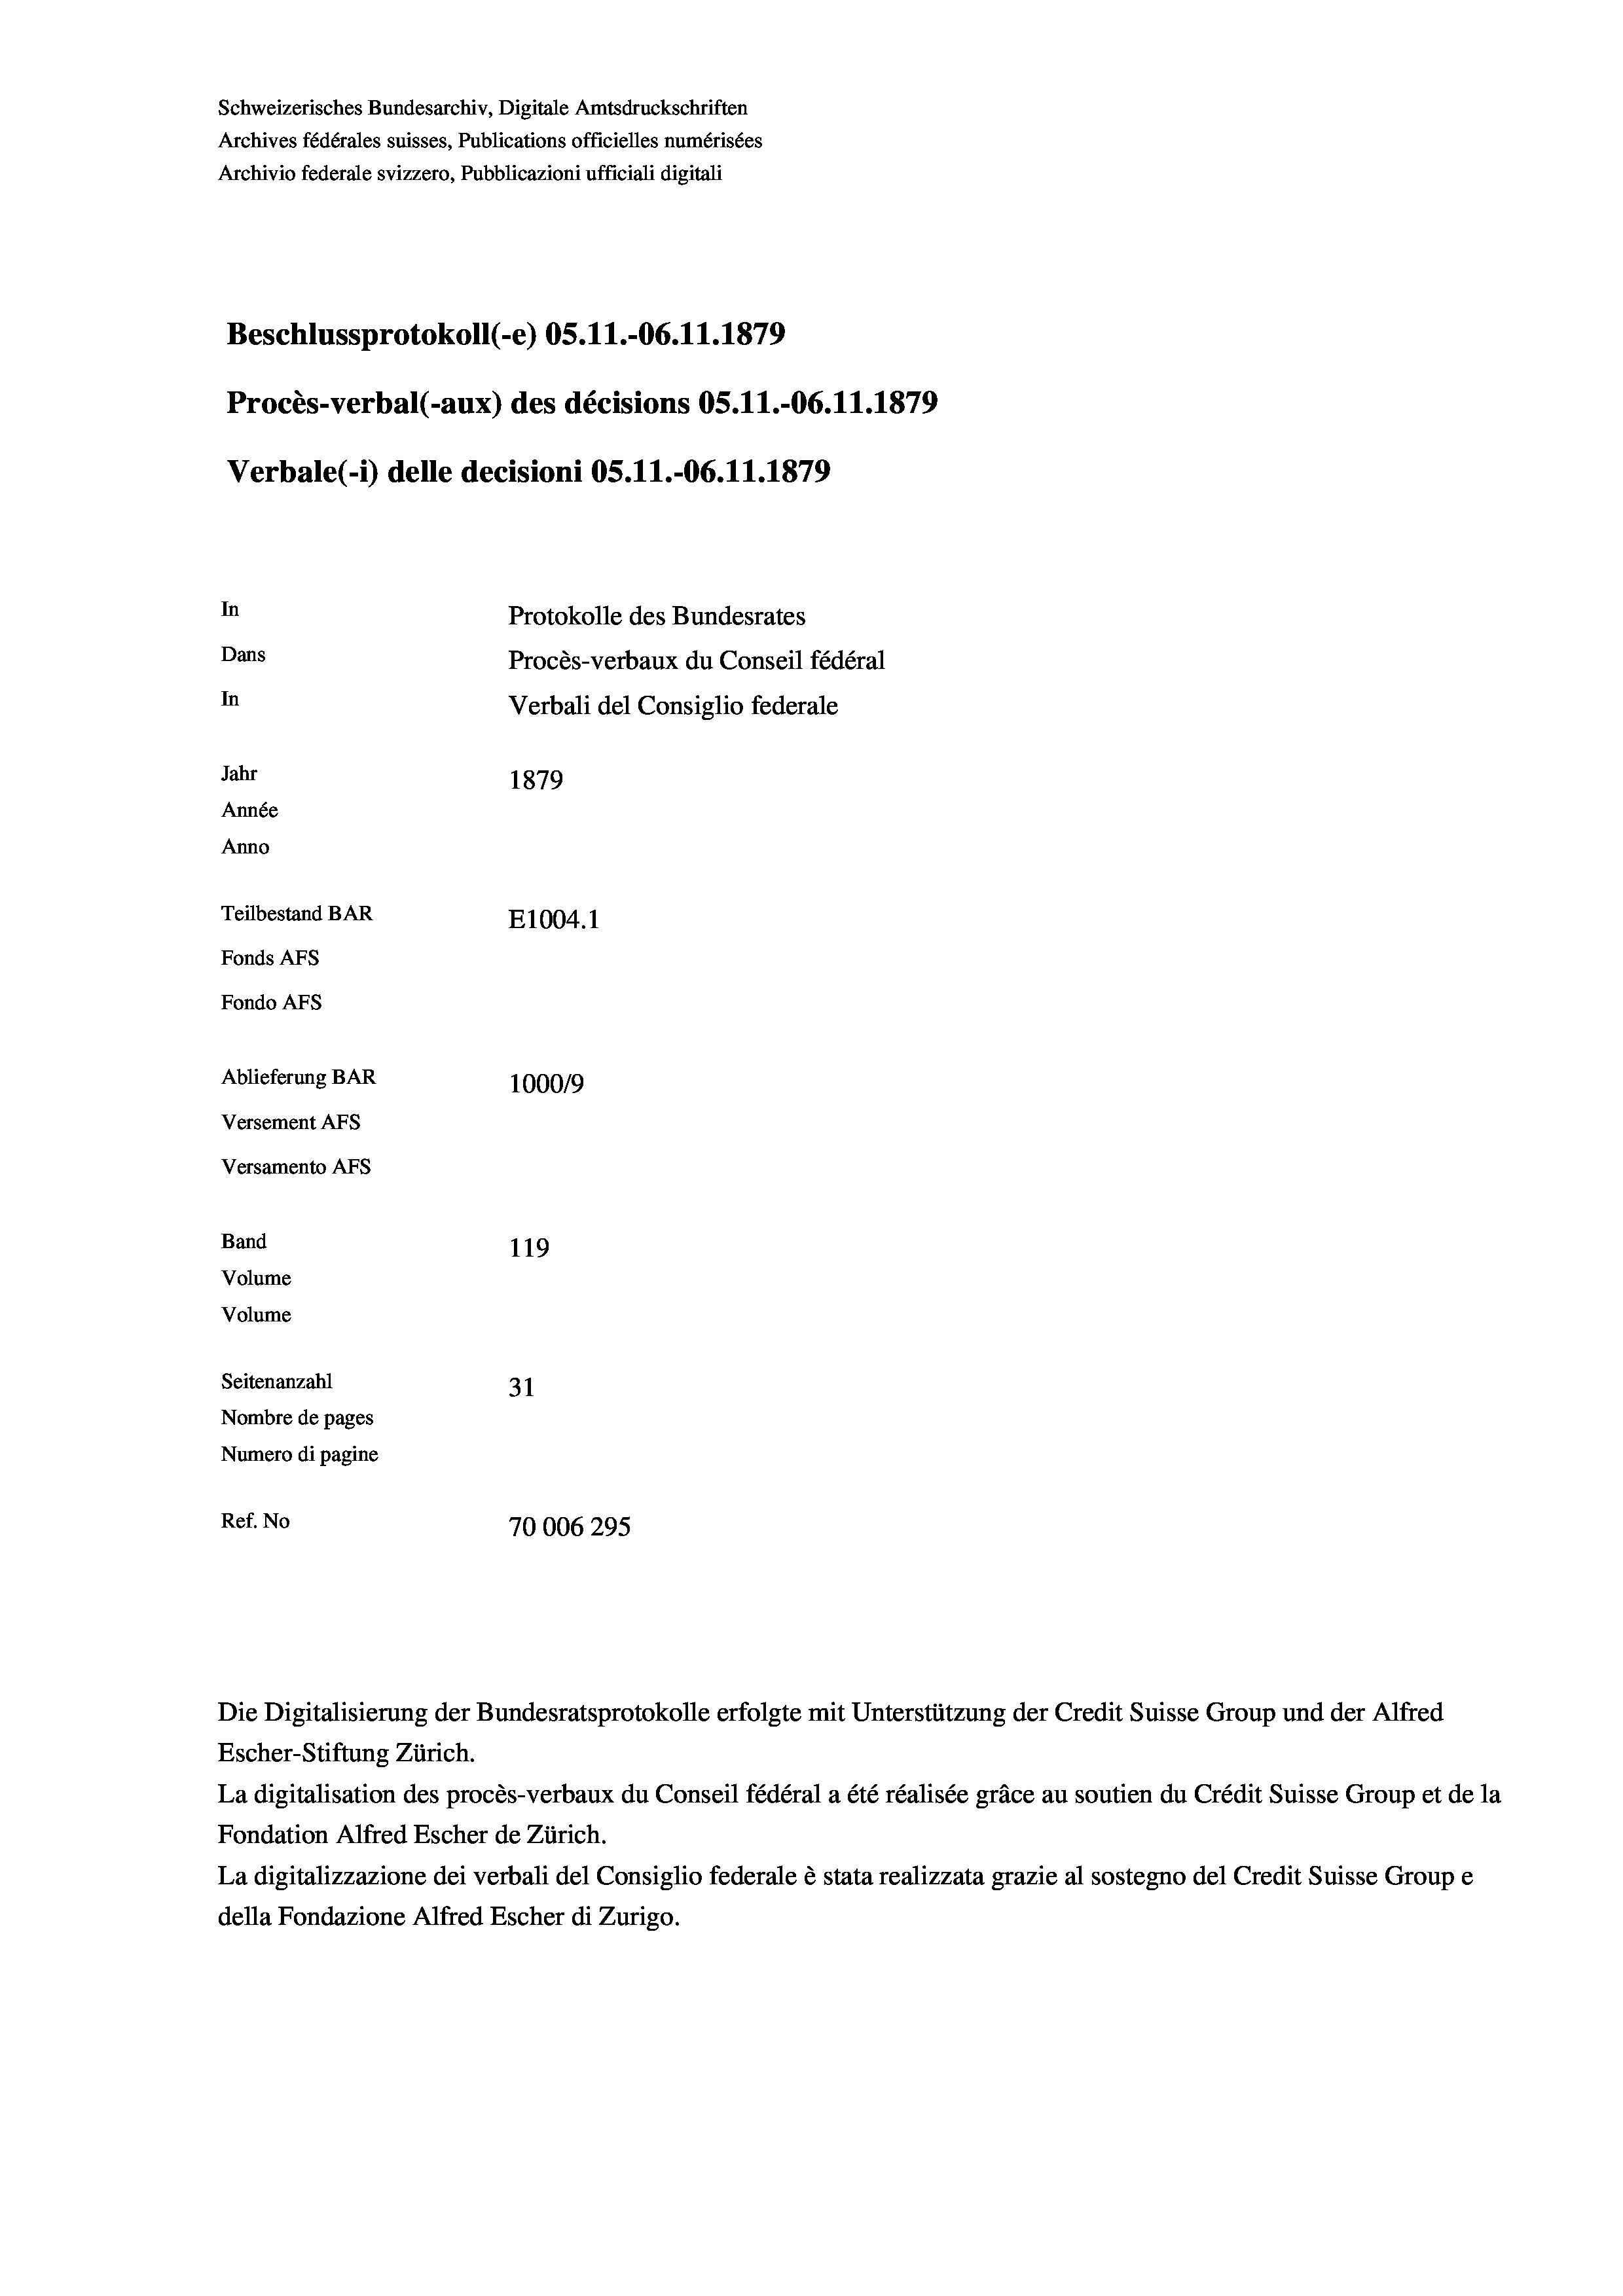
Schweizerisches Bundesarchiv, Digitale Amtsdruckschriften
Archives fédérales suisses, Publications officielles numérisées
Archivio federale svizzero, Pubblicazioni ufficiali digitali
Beschlussprotokoll (-e) OS.11.-06.11.1879
Procès-verbal (-aux) des décisions OS.11.-06. 11. 1879
Verbale (i) delle decisioni OS.11.-06.11.1879
In
Protokolle des Bundesrates
Dans
Procès-verbaux du Conseil fédéral
In
Verbali del Consiglio federale
Jahr
1879
Année
Anno
Teilbestand BAR
E1004. 1
Fonds AFs
Fondo Afs
Ablieferung BAR
100019
Versement AFs
Versamento AFS
Band
119
Volume
Volume
Seitenanzahl
31
Nombre de pages
Numero di pagine
Ref. No
70006295

Escher-Stiftung Zürich.
La digitalisation des procès-verbaux du Conseil fédéral a été réalisée gräce au soutien du Crédit Suisse Group et de la
Fondation Alfred Escher de Zürich.
La digitalizzazione dei verbali del Consiglio federale è stata realizzata grazie al sostegno del Credit Suisse Groupe
della Fondazione Alfred Escher di Zurigo.

Die Digitalisierung der Bundesratsprotokolle erfolgte mit Unterstützung der Credit Suisse Group und der Alfred